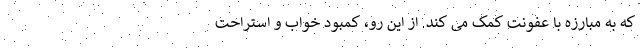
که به مبارزه با عفونت کمک می کند. از این رو، کمبود خواب و استراحت